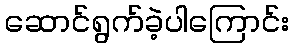
ဆောင်ရွက်ခဲ့ပါကြောင်း